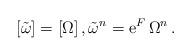
LaTeX: \begin{align*}[\tilde \omega]=[\Omega]\,,\tilde \omega^n={\rm e}^F\,\Omega^n\,. \end{align*}